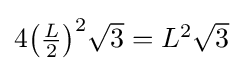
{\textstyle 4{\bigl (}{\tfrac {L}{2}}{\bigr )}^{2}{\sqrt {3}}=L^{2}{\sqrt {3}}}